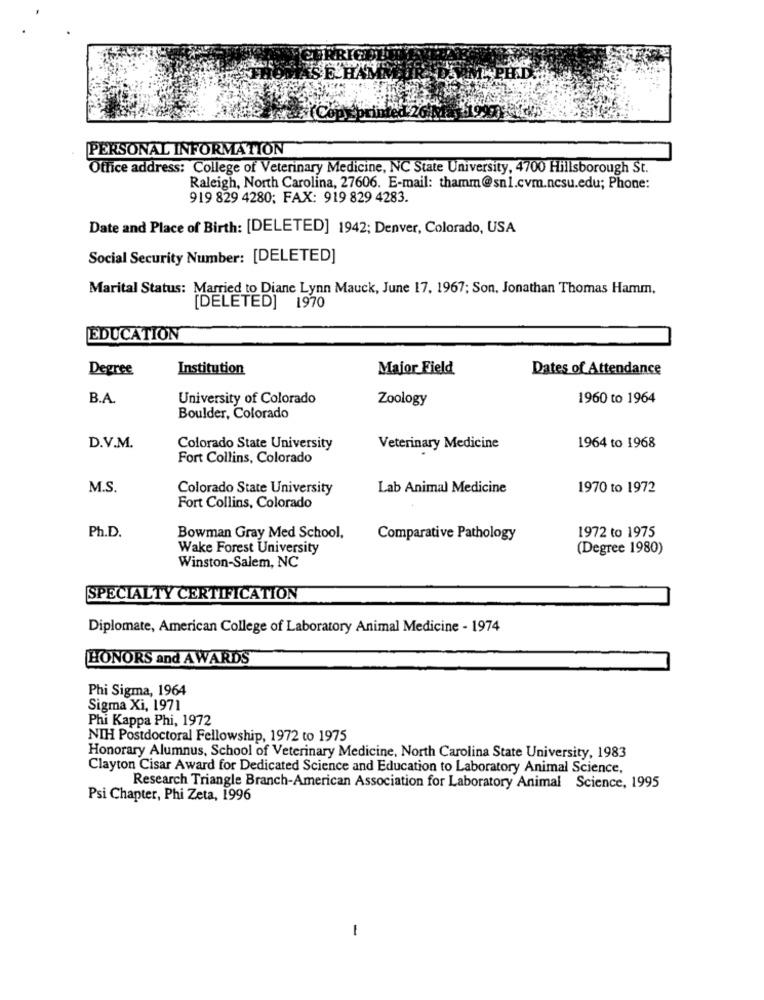
SE HAM
PERSONAL INFORMATION
Office address: College of Veterinary Medicine, NC State University, 4700 Hillsborough St.
Raleigh, North Carolina, 27606. E-mail: thamm@snl.cvm.ncsu.edu; Phone:
919 829 4280; FAX: 919 829 4283.
Date and Place of Birth: [DELETED] 1942; Denver, Colorado, USA
Social Security Number: [DELETED]
Marital Status: Married to Diane Lynn Mauck, June 17, 1967; Son, Jonathan Thomas Hamm,
[DELETED] 1970
EDUCATION
Degree
Institution
Major Field
Dates of Attendance
B.A.
University of Colorado
Zoology
1960 to 1964
Boulder, Colorado
D.V.M.
Colorado State University
Veterinary Medicine
1964 to 1968
Fort Collins, Colorado
M.S.
Colorado State University
Lab Animal Medicine
1970 to 1972
Fort Collins, Colorado
Ph.D.
1972 to 1975
Bowman Gray Med School,
Comparative Pathology
Wake Forest University
(Degree 1980)
Winston-Salem, NC
SPECIALTY CERTIFICATION
Diplomate, American College of Laboratory Animal Medicine - 1974
HONORS and AWARDS
Phi Sigma, 1964
Sigma Xi, 1971
Phi Kappa Phi, 1972
NIH Postdoctoral Fellowship, 1972 to 1975
Honorary Alumnus, School of Veterinary Medicine, North Carolina State University, 1983
Clayton Cisar Award for Dedicated Science and Education to Laboratory Animal Science,
Research Triangle Branch-American Association for Laboratory Animal Science, 1995
Psi Chapter, Phi Zeta, 1996
-